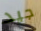
جيد